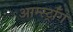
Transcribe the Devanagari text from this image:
आर्म्स्ट्राँग